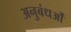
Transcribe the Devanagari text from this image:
अनुबंधओं